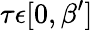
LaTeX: \tau\epsilon[0,\beta^{\prime}]